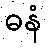
ဓနံ